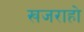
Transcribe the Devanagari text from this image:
खजराहो